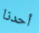
أحدنا